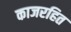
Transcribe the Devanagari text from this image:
काजरहित